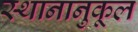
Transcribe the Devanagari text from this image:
स्थानानुकूल